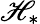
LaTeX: \mathscr{H}_{*}